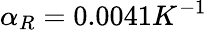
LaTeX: \alpha_{R}=0.0041K^{-1}